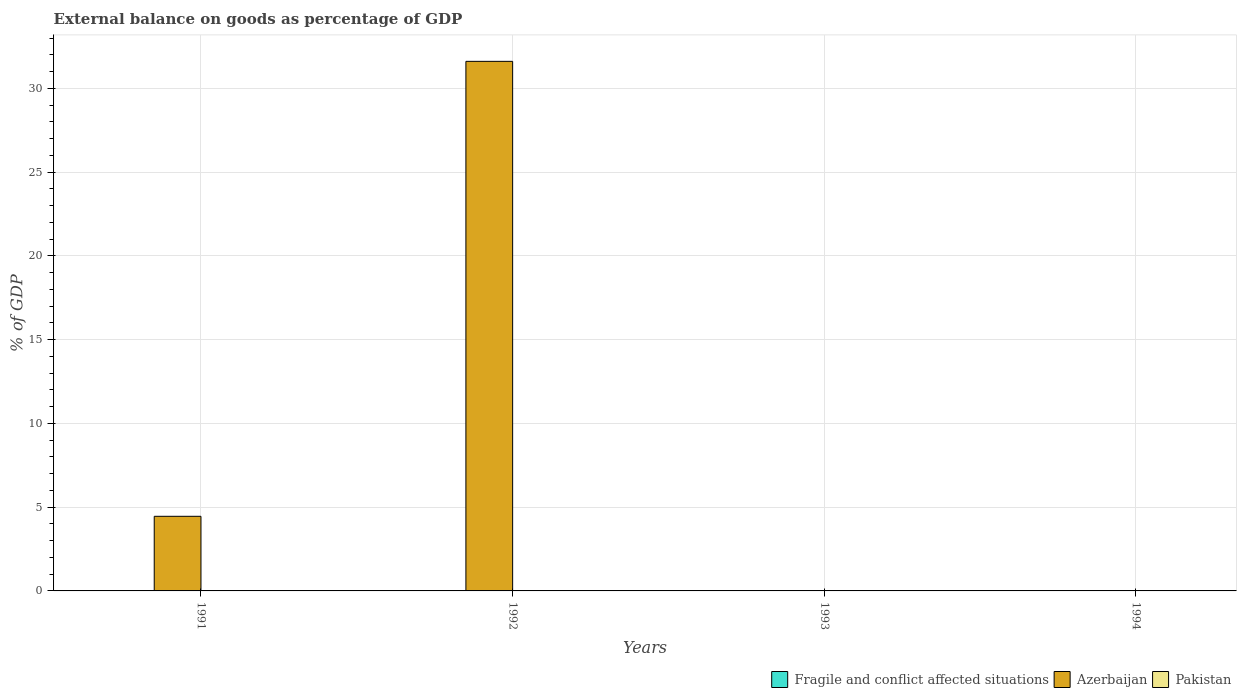
| Years | Fragile and conflict affected situations | Azerbaijan | Pakistan |
 | --- | --- | --- | --- |
 | 1991 | -11.7 | 4.45 | -1.56 |
 | 1992 | -11.6 | 31.6 | -3.17 |
 | 1993 | -12.4 | -18.6 | -6.13 |
 | 1994 | -13.6 | -5.91 | -2.76 |